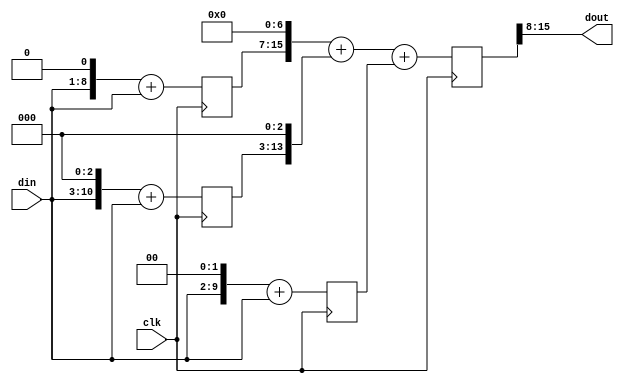
// Copyright 2014 Altera Corporation. All rights reserved.  
// Altera products are protected under numerous U.S. and foreign patents, 
// maskwork rights, copyrights and other intellectual property laws.  
//
// This reference design file, and your use thereof, is subject to and governed
// by the terms and conditions of the applicable Altera Reference Design 
// License Agreement (either as signed by you or found at www.altera.com).  By
// using this reference design file, you indicate your acceptance of such terms
// and conditions between you and Altera Corporation.  In the event that you do
// not agree with such terms and conditions, you may not use the reference 
// design file and please promptly destroy any copies you have made.
//
// This reference design file is being provided on an "as-is" basis and as an 
// accommodation and therefore all warranties, representations or guarantees of 
// any kind (whether express, implied or statutory) including, without 
// limitation, warranties of merchantability, non-infringement, or fitness for
// a particular purpose, are specifically disclaimed.  By making this reference
// design file available, Altera expressly does not recommend, suggest or 
// require that this reference design file be used in combination with any 
// other product not provided by Altera.
/////////////////////////////////////////////////////////////////////////////

`timescale 1ps/1ps

// baeckler - 05-02-2014
// DESCRIPTION
// Multiply by 461 / 256 

module alt_times_1pt8 #(
	parameter WIDTH = 8
)(
	input clk,
	input [WIDTH-1:0] din,
	output [WIDTH-1:0] dout
);

reg [WIDTH+8-1:0] scratch = {(WIDTH+8){1'b0}};

reg [WIDTH+1-1:0] p0 = {(WIDTH+1){1'b0}};
reg [WIDTH+3-1:0] p1 = {(WIDTH+3){1'b0}};
reg [WIDTH+2-1:0] p2 = {(WIDTH+2){1'b0}};

always @(posedge clk) begin
	p0 <= {din,1'b0} + din; // 256,128
	p1 <= {din,3'b0} + din; // 64 8
	p2 <= {din,2'b0} + din; // 4 1
	scratch <= {p0,7'b0} + {p1,3'b0} + p2;
end

assign dout = scratch[WIDTH+8-1:8];

endmodule
// BENCHMARK INFO :  10AX115U2F45I2SGE2
// BENCHMARK INFO :  Quartus Prime Version 15.1.0 Internal Build 99 06/10/2015 TO Standard Edition
// BENCHMARK INFO :  Uses helper file :  alt_times_1pt8.v
// BENCHMARK INFO :  Max depth :  2.2 LUTs
// BENCHMARK INFO :  Total registers : 35
// BENCHMARK INFO :  Total pins : 17
// BENCHMARK INFO :  Total virtual pins : 0
// BENCHMARK INFO :  Total block memory bits : 0
// BENCHMARK INFO :  Comb ALUTs :  37                 
// BENCHMARK INFO :  ALMs : 19 / 427,200 ( < 1 % )
// BENCHMARK INFO :  Worst setup path @ 468.75MHz : 0.550 ns, From scratch[14], To dout[6]}